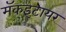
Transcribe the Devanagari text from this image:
मॅकइंटायर